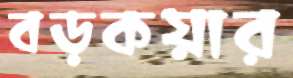
বড়কয়ার